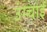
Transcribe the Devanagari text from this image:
उंम्चाई